Rangoon Lunatic Asylum 1893-1897 - 1893-1897
Year: 1893
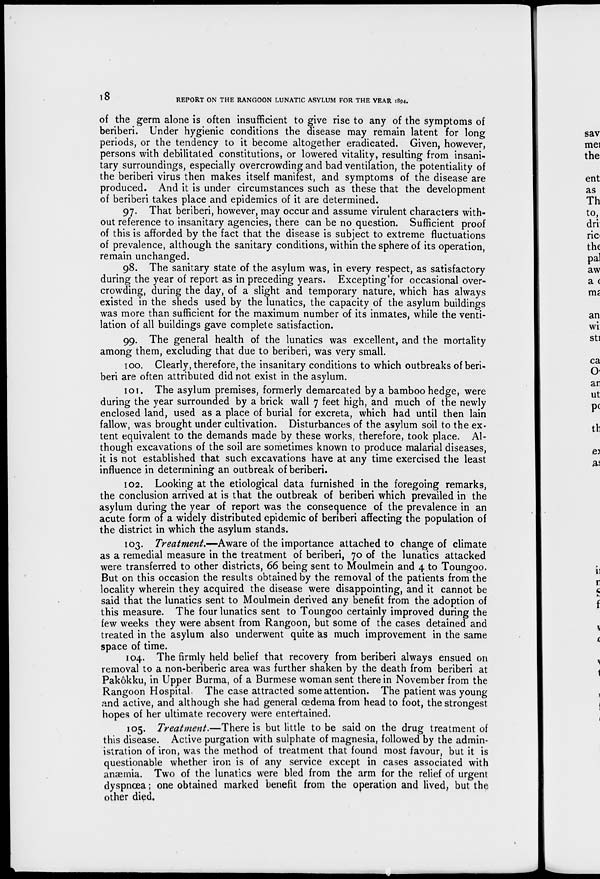
18
REPORT ON THE RANGOON LUNATIC ASYLUM FOR THE YEAR 1894.
of the germ alone is often insufficient to give rise to any of the symptoms of
beriberi. Under hygienic conditions the disease may remain latent for long
periods, or the tendency to it become altogether eradicated. Given, however,
persons with debilitated constitutions, or lowered vitality, resulting from insani-
tary surroundings, especially overcrowding and bad ventilation, the potentiality of
the beriberi virus then makes itself manifest, and symptoms of the disease are
produced. And it is under circumstances such as these that the development
of beriberi takes place and epidemics of it are determined.
97. That beriberi, however, may occur and assume virulent characters with-
out reference to insanitary agencies, there can be no question. Sufficient proof
of this is afforded by the fact that the disease is subject to extreme fluctuations
of prevalence, although the sanitary conditions, within the sphere of its operation,
remain unchanged.
98. The sanitary state of the asylum was, in every respect, as satisfactory
during the year of report as in preceding years. Excepting' for occasional over-
crowding, during the day, of a slight and temporary nature, which has always
existed in the sheds used by the lunatics, the capacity of the asylum buildings
was more than sufficient for the maximum number of its inmates, while the venti-
lation of all buildings gave complete satisfaction.
99. The general health of the lunatics was excellent, and the mortality
among them, excluding that due to beriberi, was very small.
100. Clearly, therefore, the insanitary conditions to which outbreaks of beri
beri are often attributed did not exist in the asylum.
101. The asylum premises, formerly demarcated by a bamboo hedge, were
during the year surrounded by a brick wall 7 feet high, and much of the newly
enclosed land, used as a place of burial for excreta, which had until then lain
fallow, was brought under cultivation. Disturbances of the asylum soil to the ex-
tent equivalent to the demands made by these works, therefore, took place. Al-
though excavations of the soil are sometimes known to produce malarial diseases,
it is not established that such excavations have at any time exercised the least
influence in determining an outbreak of beriberi.
102. Looking at the etiological data furnished in the foregoing remarks,
the conclusion arrived at is that the outbreak of beriberi which prevailed in the
asylum during the year of report was the consequence of the prevalence in an
acute form of a widely distributed epidemic of beriberi affecting the population of
the district in which the asylum stands.
103. Treatment.—Aware of the importance attached to change of climate
as a remedial measure in the treatment of beriberi, 70 of the lunatics attacked
were transferred to other districts, 66 being sent to Moulmein and 4 to Toungoo.
But on this occasion the results obtained by the removal of the patients from the
locality wherein they acquired the disease were disappointing, and it cannot be
said that the lunatics sent to Moulmein derived any benefit from the adoption of
this measure. The four lunatics sent to Toungoo certainly improved during the
few weeks they were absent from Rangoon, but some of the cases detained and
treated in the asylum also underwent quite 'as much improvement in the same
space of time.
104. The firmly held belief that recovery from beriberi always ensued on
removal to a non-beriberic area was further shaken by the death from beriberi at
Pakôkku, in Upper Burma, of a Burmese woman sent there in November from the
Rangoon Hospital. The case attracted some attention. The patient was young
and active, and although she had general œdema from head to foot, the strongest
hopes of her ultimate recovery were entertained.
105. Treatment.—There is but little to be said on the drug treatment of
this disease. Active purgation with sulphate of magnesia, followed by the admin-
istration of iron, was the method of treatment that found most favour, but it is
questionable whether iron is of any service except in cases associated with
anæ ia. Two of the lunatics were bled from the arm for the relief of urgent
dyspnœa; one obtained marked benefit from the operation and lived, but the
other died,